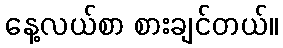
နေ့လယ်စာ စားချင်တယ်။